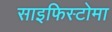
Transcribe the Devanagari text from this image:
साइफिस्टोमा